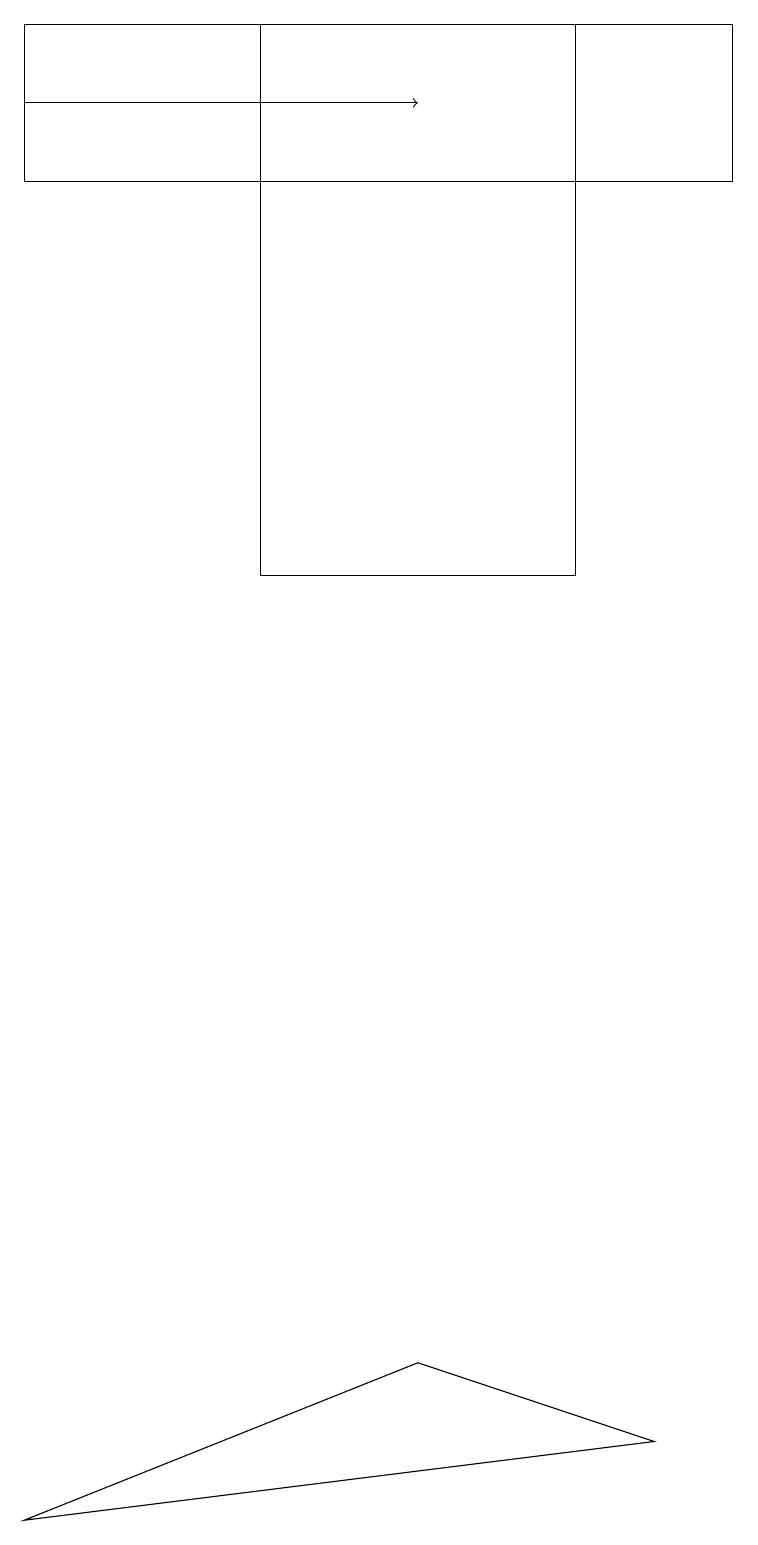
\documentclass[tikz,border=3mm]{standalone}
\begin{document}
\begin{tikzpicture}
\draw (0,0) -- (5,2) -- (8,1) -- cycle;
\draw (3,19) rectangle (7,12);
\draw (0,17) rectangle (9,19);
\draw[->] (0,18) -- (5,18);
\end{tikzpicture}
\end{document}